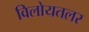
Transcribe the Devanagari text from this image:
विलोयतलर